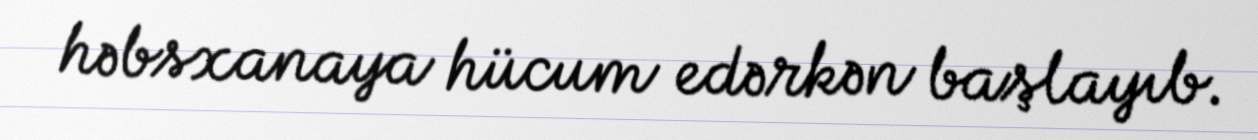
həbsxanaya hücum edərkən başlayıb.